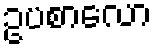
ဥပစာလော